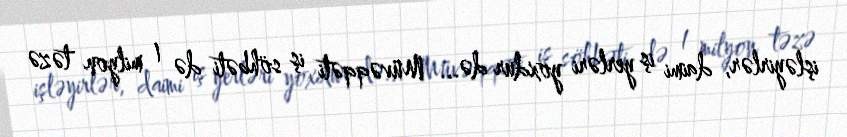
işləyirlər, daimi iş yerləri yoxdur də... Müvəqqəti iş söhbəti də 1 milyon təzə